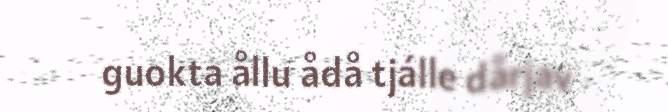
guokta ållu ådå tjálle dårjav